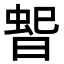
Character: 𭦳